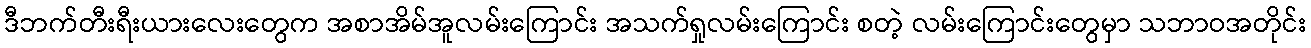
ဒီဘက်တီးရီးယားလေးတွေက အစာအိမ်အူလမ်းကြောင်း အသက်ရှုလမ်းကြောင်း စတဲ့ လမ်းကြောင်းတွေမှာ သဘာဝအတိုင်း